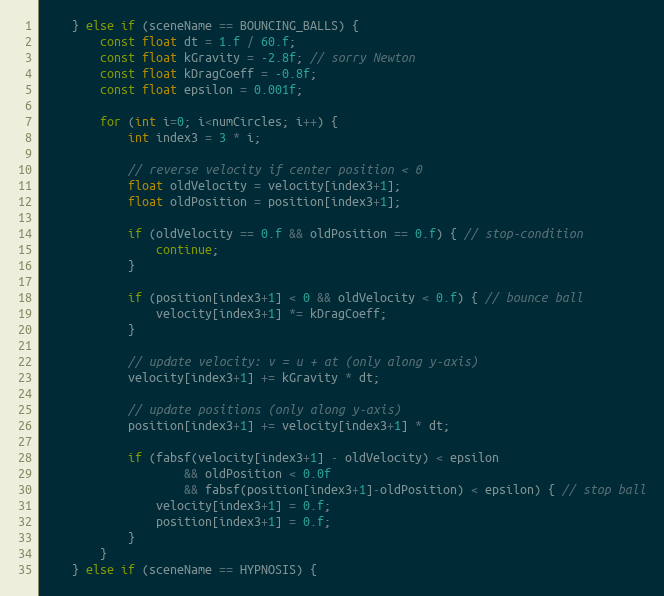
Language: C++
    } else if (sceneName == BOUNCING_BALLS) {
        const float dt = 1.f / 60.f;
        const float kGravity = -2.8f; // sorry Newton
        const float kDragCoeff = -0.8f;
        const float epsilon = 0.001f;

        for (int i=0; i<numCircles; i++) {
            int index3 = 3 * i;

            // reverse velocity if center position < 0
            float oldVelocity = velocity[index3+1];
            float oldPosition = position[index3+1];

            if (oldVelocity == 0.f && oldPosition == 0.f) { // stop-condition
                continue;
            }

            if (position[index3+1] < 0 && oldVelocity < 0.f) { // bounce ball
                velocity[index3+1] *= kDragCoeff;
            }

            // update velocity: v = u + at (only along y-axis)
            velocity[index3+1] += kGravity * dt;

            // update positions (only along y-axis)
            position[index3+1] += velocity[index3+1] * dt;

            if (fabsf(velocity[index3+1] - oldVelocity) < epsilon
                    && oldPosition < 0.0f
                    && fabsf(position[index3+1]-oldPosition) < epsilon) { // stop ball
                velocity[index3+1] = 0.f;
                position[index3+1] = 0.f;
            }
        }
    } else if (sceneName == HYPNOSIS) {